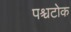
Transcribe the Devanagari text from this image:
पश्चटोक